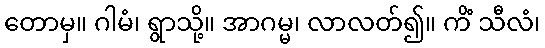
တောမှ။ ဂါမံ၊ ရွာသို့။ အာဂမ္မ၊ လာလတ်၍။ ကိံ သီလံ၊